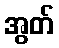
အွတ်